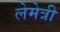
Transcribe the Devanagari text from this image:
लेमेत्री